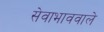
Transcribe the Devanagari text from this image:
सेवाभाववाले